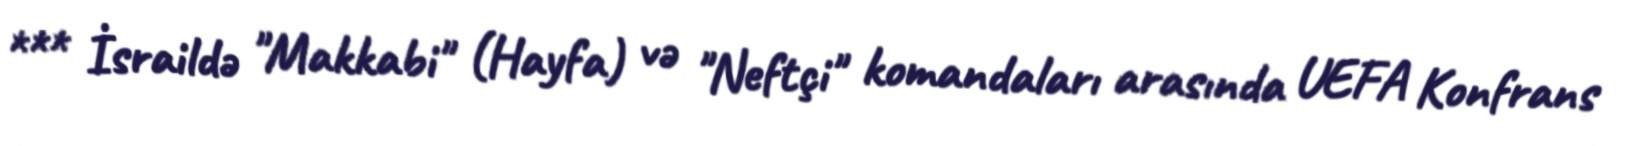
*** İsraildə "Makkabi" (Hayfa) və "Neftçi" komandaları arasında UEFA Konfrans